Indian Medical Review
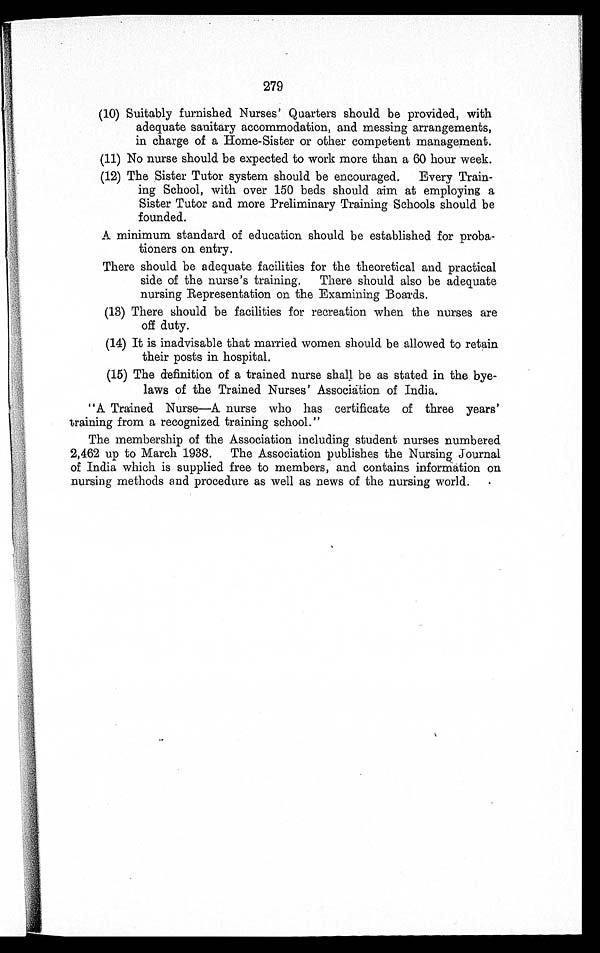
279
(10) Suitably furnished Nurses' Quarters should be provided, with
adequate sanitary accommodation, and messing arrangements,
in charge of a Home-Sister or other competent management.
(11) No nurse should be expected to work more than a 60 hour week.
(12) The Sister Tutor system should be encouraged. Every Train
- i n g S c h o o l , w i t h o v e r 1 5 0 b e d s s h o u l d a i m a t e m p l o y i n g a
Sister Tutor and more Preliminary Training Schools should be
founded.
A minimum standard of education should be established for proba
-tioners on entry.
There should be adequate facilities for the theoretical and practical
side of the nurse's training. There should also be adequate
nursing Representation on the Examining Boards.
(13) There should be facilities for recreation when the nurses are
off duty.
(14) It is inadvisable that married women should be allowed to retain
their posts in hospital.
(15) The definition of a trained nurse shall be as stated in the bye-
laws of the Trained Nurses' Association of India.
"A Trained Nurse—A nurse who has certificate of three years'
training from a recognized training school."
The membership of the Association including student nurses numbered
2,462 up to March 1938. The Association publishes the Nursing Journal
of India which is supplied free to members, and contains information on
nursing methods and procedure as well as news of the nursing world.